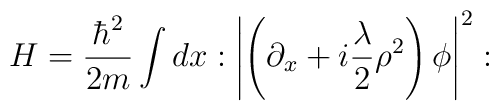
H={\hbar^2\over 2m}\int dx: \left|\left(\partial_{x}+i{\lambda\over 2}\rho^2\right){\phi}\right|^2: